Civil Veterinary Dept. Bombay admin report 1893-99 - 1893-1899
Year: 1893
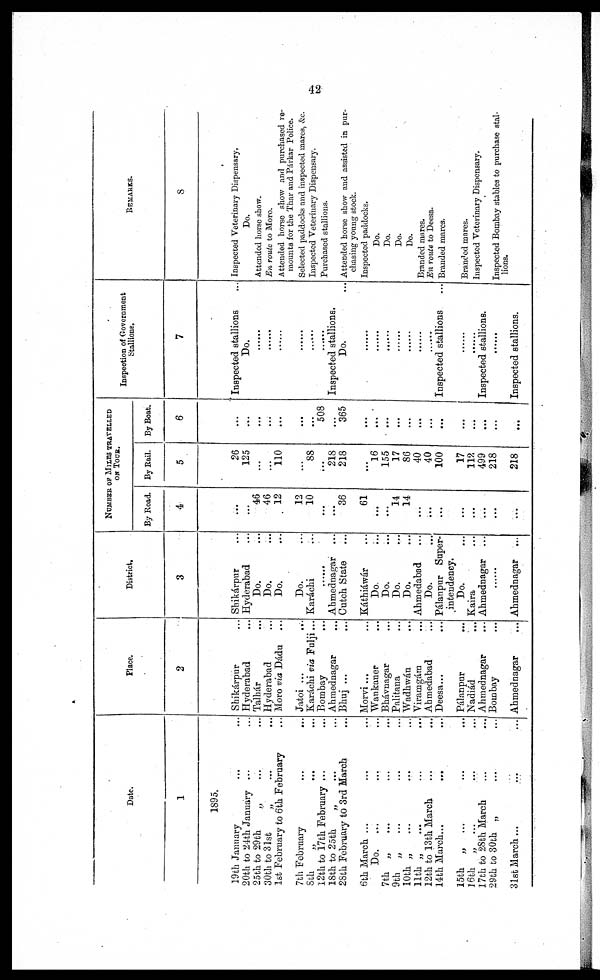
42
Date.
1
1895.
19th January … …
20th to 24th January … ...
25th to 29th „ … …
30th to 31st „ … …
1st February to 6th February …
7th February
...
...
8th
„
... …
12th to 17th February ... …
18th to 25th
„ … …
28th February to 3rd March …
6th March ... … …
Do.
... … …
7th
„
... … …
9th
„ … … …
10th „ … … …
11th „ … … …
12th to 13th March … …
14th March... … …
15th „ ... … …
16th
„
... … …
17th to 28th March … …
29th to 30th „ … …
31st March ... … …
Place.
2
Shikárpur …
Hyderabad …
Talhár …
Hyderabad …
Moro via Dádu …
Jatoi ...
...
Karáchi via Fulji …
Bombay …
Ahmednagar …
Bhuj ... …
Morvi... …
Wankaner …
Bhávnagar …
Palitana …
Wadhwán …
Viramgám …
Ahmedabad …
Deesa... …
Pálanpur …
Nadiád …
Ahmednagar …
Bombay …
Ahmednagar …
District.
3
Shikárpur …
Hyderabad …
Do. …
Do. …
Do. …
Do. …
Karachi …
… …
Ahmednagar …
Cutch State …
Káthiáwár …
Do …
Do. …
Do. …
Do. …
Ahmedabad …
Do ….
Pálanpur Super-
intendency.
Do. …
Kaira …
Ahmednagar
...
……
Ahmednagar …
NUMBER OF MILES TRAVELLED
ON TOUR.
By Road.
4
...
...
46
46
12
12
10
...
...
36
61
...
...
14
14
...
...
...
...
...
...
...
By Rail.
5
26
125
...
...
110
...
88
...
218
218
...
16
155
17
86
40
40
100
17
112
499
218
218
By Boat.
6
...
...
...
...
...
...
...
508
...
365
...
...
...
...
...
...
...
...
...
...
...
…
Inspection of Government
Stallions.
7
Inspected stallions …
Do.
… …
… …
… …
… …
… …
… …
Inspected stallions.
Do. …
… …
… …
… …
… …
… …
… …
… …
Inspected stallions …
… …
… …
Inspected stallions.
… …
Inspected stallions.
REMARKS.
8
Inspected Veterinary Dispensary.
Do.
Attended horse show.
En route to Moro.
Attended horse show and purchased re-
mounts for the Thar and Párkar Police.
Selected paddocks and inspected mares, &c.
Inspected Veterinary Dispensary.
Purchased stallions.
Attended horse show and assisted in pur-
chasing young stock.
Inspected paddocks.
Do.
Do.
Do.
Do.
Branded mares.
En route to Deesa.
Branded marcs.
Branded mares.
Inspected Veterinary Dispensary.
Inspected Bombay stables to purchase stal-
lions.